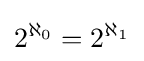
2^{\aleph _{0}}=2^{\aleph _{1}}